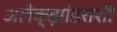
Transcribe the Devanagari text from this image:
अलेक्झांडराशी